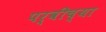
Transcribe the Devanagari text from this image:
पर्वीच्या